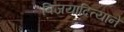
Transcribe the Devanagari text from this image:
विजयादित्याने